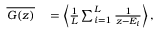
\begin{array} { r l } { \overline { { G ( z ) } } } & { { } = \left< \frac { 1 } { L } \sum _ { i = 1 } ^ { L } \frac { 1 } { z - E _ { i } } \right> , } \end{array}